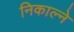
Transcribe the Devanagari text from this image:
निकाल्ने